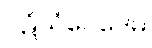
ပဋိသံဝေဒေမ